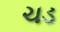
ચડ